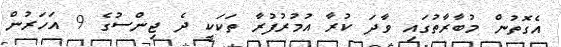
އެގޮތުން މުބާރާތުގައި ވާދަ ކުރާ އުމުރުފުރާ ތަކަކީ ދެ ޖިންސުގެ 9 އަހަރުން